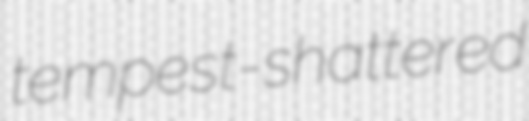
tempest-shattered